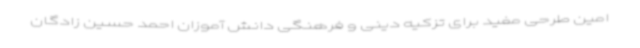
امین طرحی مفید برای تزکیه دینی و فرهنگی دانش آموزان احمد حسین زادگان